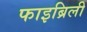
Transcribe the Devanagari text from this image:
फाइब्रिली